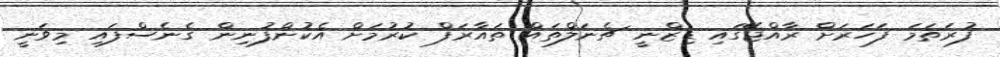
ފުރަތަމަ ފަހަރަށް ރާއްޖޭގައި ޑިޒްނީ ޗެނަލްތައް ތައާރަފް ކުރުމަށް އެކުންފުނިން ގެނެސްފައި މިވަނީ